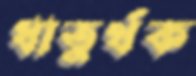
ধাতুর্থক